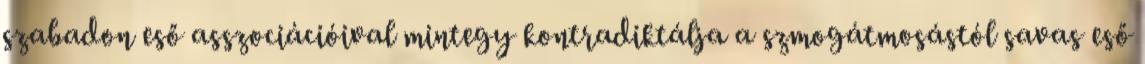
szabadon eső asszociációival mintegy kontradiktálja a szmogátmosástól savas eső